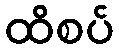
ထိစပ်